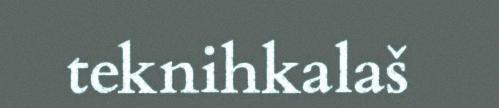
teknihkalaš